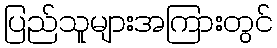
ပြည်သူများအကြားတွင်